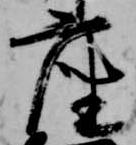
座